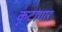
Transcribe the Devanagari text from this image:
कूटागार